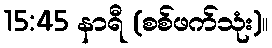
15:45 နာရီ (စစ်ဖက်သုံး)။